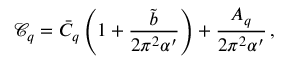
\mathcal { C } _ { q } = \bar { C } _ { q } \left( 1 + \frac { \tilde { b } } { 2 \pi ^ { 2 } \alpha ^ { \prime } } \right) + \frac { A _ { q } } { 2 \pi ^ { 2 } \alpha ^ { \prime } } \, ,